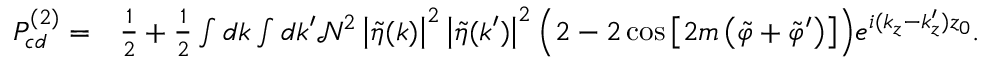
\begin{array} { r l } { P _ { c d } ^ { ( 2 ) } = } & { \frac { 1 } { 2 } + \frac { 1 } { 2 } \int d \boldsymbol { k } \int d \boldsymbol { k } ^ { \prime } \mathcal { N } ^ { 2 } \left| \tilde { \eta } ( \boldsymbol { k } ) \right| ^ { 2 } \left| \tilde { \eta } ( \boldsymbol { k } ^ { \prime } ) \right| ^ { 2 } \Big ( 2 - 2 \cos { \left[ 2 m \left( \tilde { \varphi } + \tilde { \varphi } ^ { \prime } \right) \right] } \Big ) e ^ { i ( k _ { z } - k _ { z } ^ { \prime } ) z _ { 0 } } . } \end{array}